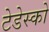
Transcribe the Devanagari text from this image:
टेडेस्को